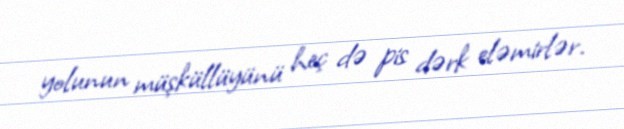
yolunun müşküllüyünü heç də pis dərk eləmirlər.